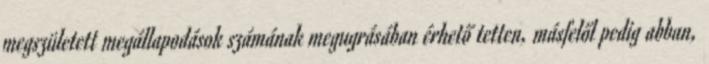
megszületett megállapodások számának megugrásában érhető tetten, másfelől pedig abban,